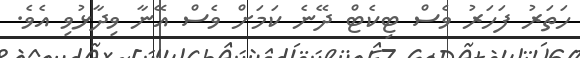
ހަތަރު ފަހަރު ވެސް ޓިކެޓް ދޭނެ ކަމަށް ވެސް އޭނާ ވިދާޅުވި އެވެ.